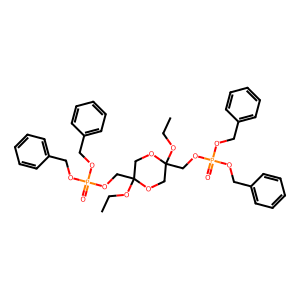
SMILES: CCOC1(COP(=O)(OCc2ccccc2)OCc2ccccc2)COC(COP(=O)(OCc2ccccc2)OCc2ccccc2)(OCC)CO1
Inhibits HIV replication: No